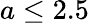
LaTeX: a\leq 2.5